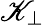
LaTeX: \mathscr{K}_{\perp}